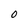
Character: 0